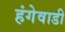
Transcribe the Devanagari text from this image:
हंगेवाडी